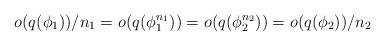
LaTeX: \begin{align*}o(q(\phi_1))/n_1=o(q(\phi_1^{n_1}))=o(q(\phi_2^{n_2}))=o(q(\phi_2))/n_2\end{align*}